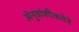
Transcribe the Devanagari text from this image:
अंनुवांशीकतेने